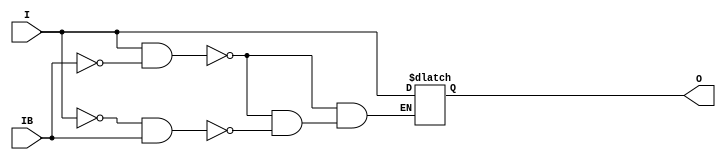
///////////////////////////////////////////////////////////////////////////////
// Copyright (c) 1995/2015 Xilinx, Inc.
// All Right Reserved.
///////////////////////////////////////////////////////////////////////////////
//   ____  ____
//  /   /\/   /
// /___/  \  /    Vendor : Xilinx
// \   \   \/     Version : 2015.4
//  \   \         Description : Xilinx Formal Library Component
//  /   /
// /___/   /\     Filename : IBUFDS.v
// \   \  /  \
//  \___\/\___\
//
///////////////////////////////////////////////////////////////////////////////
// Revision:
//    04/28/09 - Initial version.
//    02/05/14 - Removed X's assignment.
// End Revision
///////////////////////////////////////////////////////////////////////////////

`timescale  1 ps / 1 ps

`celldefine

module IBUFDS (O, I, IB);

    parameter CAPACITANCE = "DONT_CARE";
    parameter DIFF_TERM = "FALSE";
    parameter DQS_BIAS = "FALSE";
    parameter IBUF_DELAY_VALUE = "0";
    parameter IBUF_LOW_PWR = "TRUE";
    parameter IFD_DELAY_VALUE = "AUTO";
    parameter IOSTANDARD = "DEFAULT";
   
    output O;
    input  I, IB;

    reg o_out;

    buf b_0 (O, o_out);

    always @(I or IB) 
  if (I == 1'b1 && IB == 1'b0)
      o_out = I;
  else if (I == 1'b0 && IB == 1'b1)
      o_out = I;

endmodule

`endcelldefine